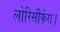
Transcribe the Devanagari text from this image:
लोरिसीफेरा।